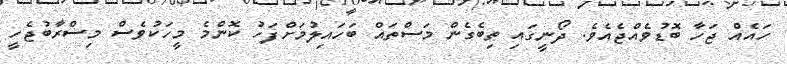
ހައެއް ޖަހާ ބޮޑުވެއްޖެއެވެ. ދޯނީގައި ތިބެގެން މަސްތައް ބަހައިލުމަށްފަހު ކޮންމެ މީހަކުވެސް މިސްރާބުޖެހީ